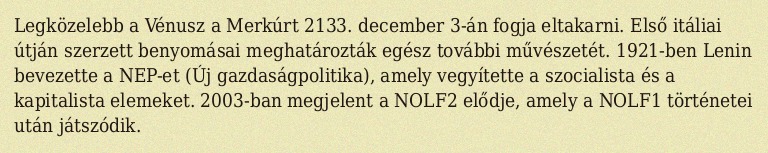
Legközelebb a Vénusz a Merkúrt 2133. december 3-án fogja eltakarni. Első itáliai útján szerzett benyomásai meghatározták egész további művészetét. 1921-ben Lenin bevezette a NEP-et (Új gazdaságpolitika), amely vegyítette a szocialista és a kapitalista elemeket. 2003-ban megjelent a NOLF2 elődje, amely a NOLF1 történetei után játszódik.